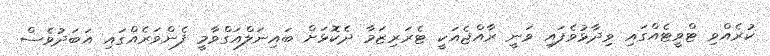
ކުރެއްވި ޓްވީޓެއްގައި ވިދާޅުވެފައި ވަނީ ރާއްޖެއަކީ ޓެރަރިޒަމާ ދެކޮޅަށް ބައިނަލްއަގްވާމީ ފެންވަރެއްގައި އަބަދުވެސް